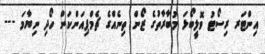
އިންޓަރ ރިސޯޓު ވޮލީބޯޅަ މުބާރާތުގެ ޒޯން ތިނެއްގެ ޗެމްޕިއަންކަން ހޯދި ނިޔާމަ ---